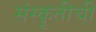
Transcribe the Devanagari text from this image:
संस्कॄतीची